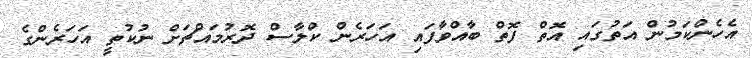
އެހެންކަމުން އަތުގައި އޮތް ފޮތް ބާއްވާފައި އަހަރެން ކްލާސް ދޮރުމައްޗަށް ނުކުތީ އަހަރެންގެ